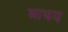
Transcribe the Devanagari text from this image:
माथय